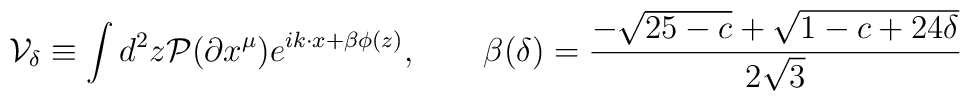
{\cal V}_\delta \equiv \int d^2z {\cal P} (\partial x^\mu)  e^{ik\cdot x + \beta\phi(z)},\qquad   \beta(\delta ) ={-\sqrt{25-c}+\sqrt{1-c+24\delta      }\over2\sqrt3}